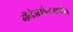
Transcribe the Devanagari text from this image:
मॅनेजमेन्टमधील